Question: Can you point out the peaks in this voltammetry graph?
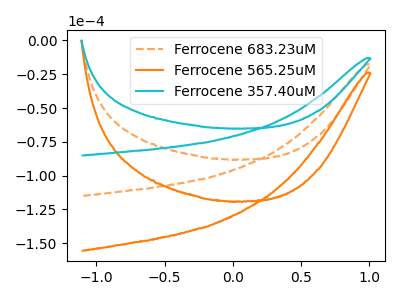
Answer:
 <answer>The orange dashed curve "Ferrocene 683.23uM" has no peaks. The orange curve "Ferrocene 565.25uM" has no peaks. The cyan curve "Ferrocene 357.40uM" has no peaks.</answer>
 <eval></eval>